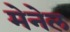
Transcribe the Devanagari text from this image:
मेनेल